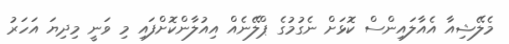
މެލޭޝިއާ އެއާލައިންސް ކޮޅަށް ނެގުމުގެ ޕްލޭނެއް އިއުލާންކޮށްފައި މި ވަނީ މިދިޔަ އަހަރު